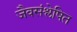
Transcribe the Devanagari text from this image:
जैवसंश्लेषित